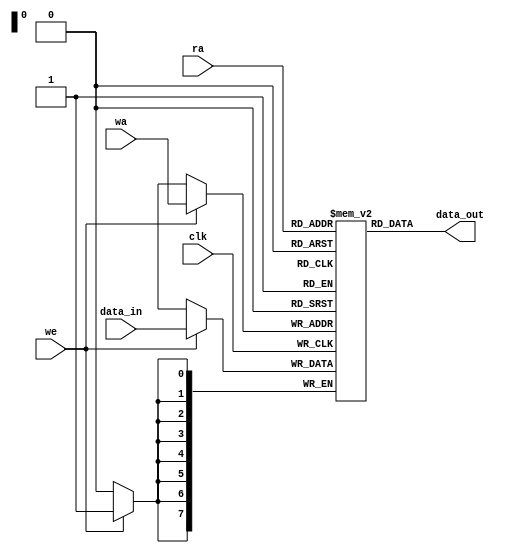
`timescale 1ns / 1ps

module ram_block #(
    parameter RAM_WIDTH = 8,
    parameter RAM_ADDR_BITS = 8
) (
    output wire [RAM_WIDTH - 1:0] data_out,
    input wire [RAM_WIDTH - 1:0] data_in,
    input wire [RAM_ADDR_BITS - 1:0] wa,
    input wire [RAM_ADDR_BITS - 1:0] ra,
    input wire clk,
    input wire we
);

    localparam RAM_SIZE = 2 ** RAM_ADDR_BITS;
    
    reg [RAM_WIDTH - 1:0] memory_block [RAM_SIZE - 1:0];
    
    // Synchronous write
    always @(posedge clk) begin
        if (we) memory_block[wa] <= data_in;
    end
    
    // Asynchronous read
    assign data_out = memory_block[ra];

endmodule